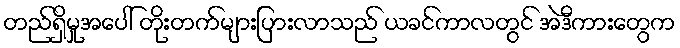
တည်ရှိမှုအပေါ် တိုးတက်များပြားလာသည် ယခင်ကာလတွင် အဲဒီကားတွေက